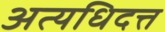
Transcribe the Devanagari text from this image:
अत्यधिदत्त